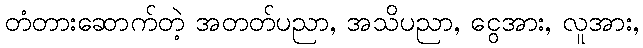
တံတားဆောက်တဲ့ အတတ်ပညာ, အသိပညာ, ငွေအား, လူအား,